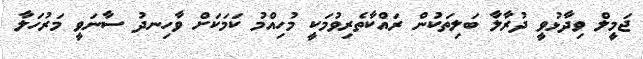
ޖަމީލް ވިދާޅުވީ ދުރާލާ ބަލިތަކުން ރައްކާތެރިވުމަކީ މުހިއްމު ކަމަކަށް ވާހިނދު ސާނަވީ މަރުހަލާ